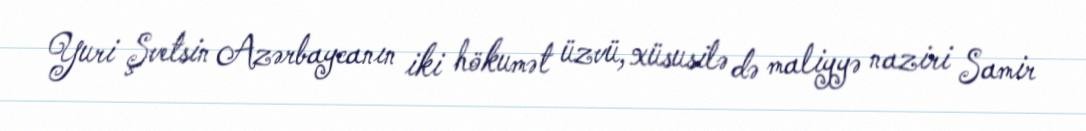
Yuri Şvetsin Azərbaycanın iki hökumət üzvü, xüsusilə də maliyyə naziri Samir